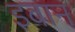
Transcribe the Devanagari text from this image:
इबान